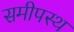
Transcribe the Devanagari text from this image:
समीपस्‍थ